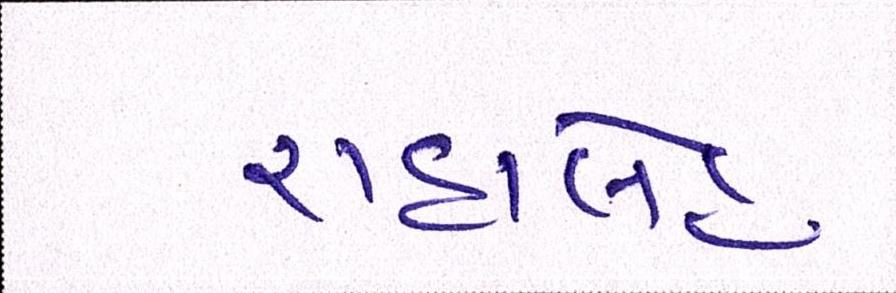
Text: રાહાલેહ